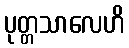
ပုတ္တသာလေဟိ